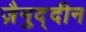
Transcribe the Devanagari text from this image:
ज़ैनुद्दीन